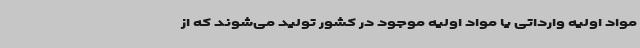
مواد اولیه وارداتی یا مواد اولیه موجود در کشور تولید می‌شوند که از